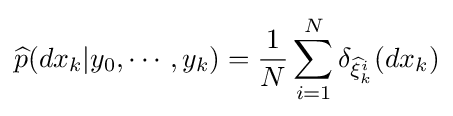
{\widehat {p}}(dx_{k}|y_{0},\cdots ,y_{k})={\frac {1}{N}}\sum _{i=1}^{N}\delta _{{\widehat {\xi }}_{k}^{i}}(dx_{k})